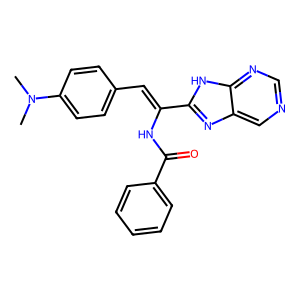
SMILES: CN(C)c1ccc(C=C(NC(=O)c2ccccc2)c2nc3cncnc3[nH]2)cc1
Inhibits HIV replication: No